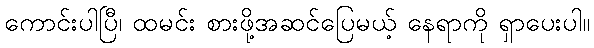
ကောင်းပါပြီ၊ ထမင်း စားဖို့အဆင်ပြေမယ့် နေရာကို ရှာပေးပါ။